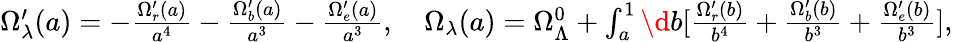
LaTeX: \begin{array}{r}{\Omega_{\lambda}^{\prime}(a)=-\frac{\Omega_{r}^{\prime}(a)}{a^{4}}-\frac{\Omega_{b}^{\prime}(a)}{a^{3}}-\frac{\Omega_{e}^{\prime}(a)}{a^{3}},\quad\Omega_{\lambda}(a)=\Omega_{\Lambda}^{0}+\int_{a}^{1}\d b[\frac{\Omega_{r}^{\prime}(b)}{b^{4}}+\frac{\Omega_{b}^{\prime}(b)}{b^{3}}+\frac{\Omega_{e}^{\prime}(b)}{b^{3}}],}\end{array}